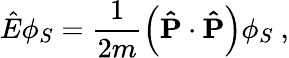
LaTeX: \hat{E}\phi_{S}=\frac{1}{2m}\left(\mathbf{\hat{P}}\cdot\mathbf{\hat{P}}\right)\phi_{S}\ ,